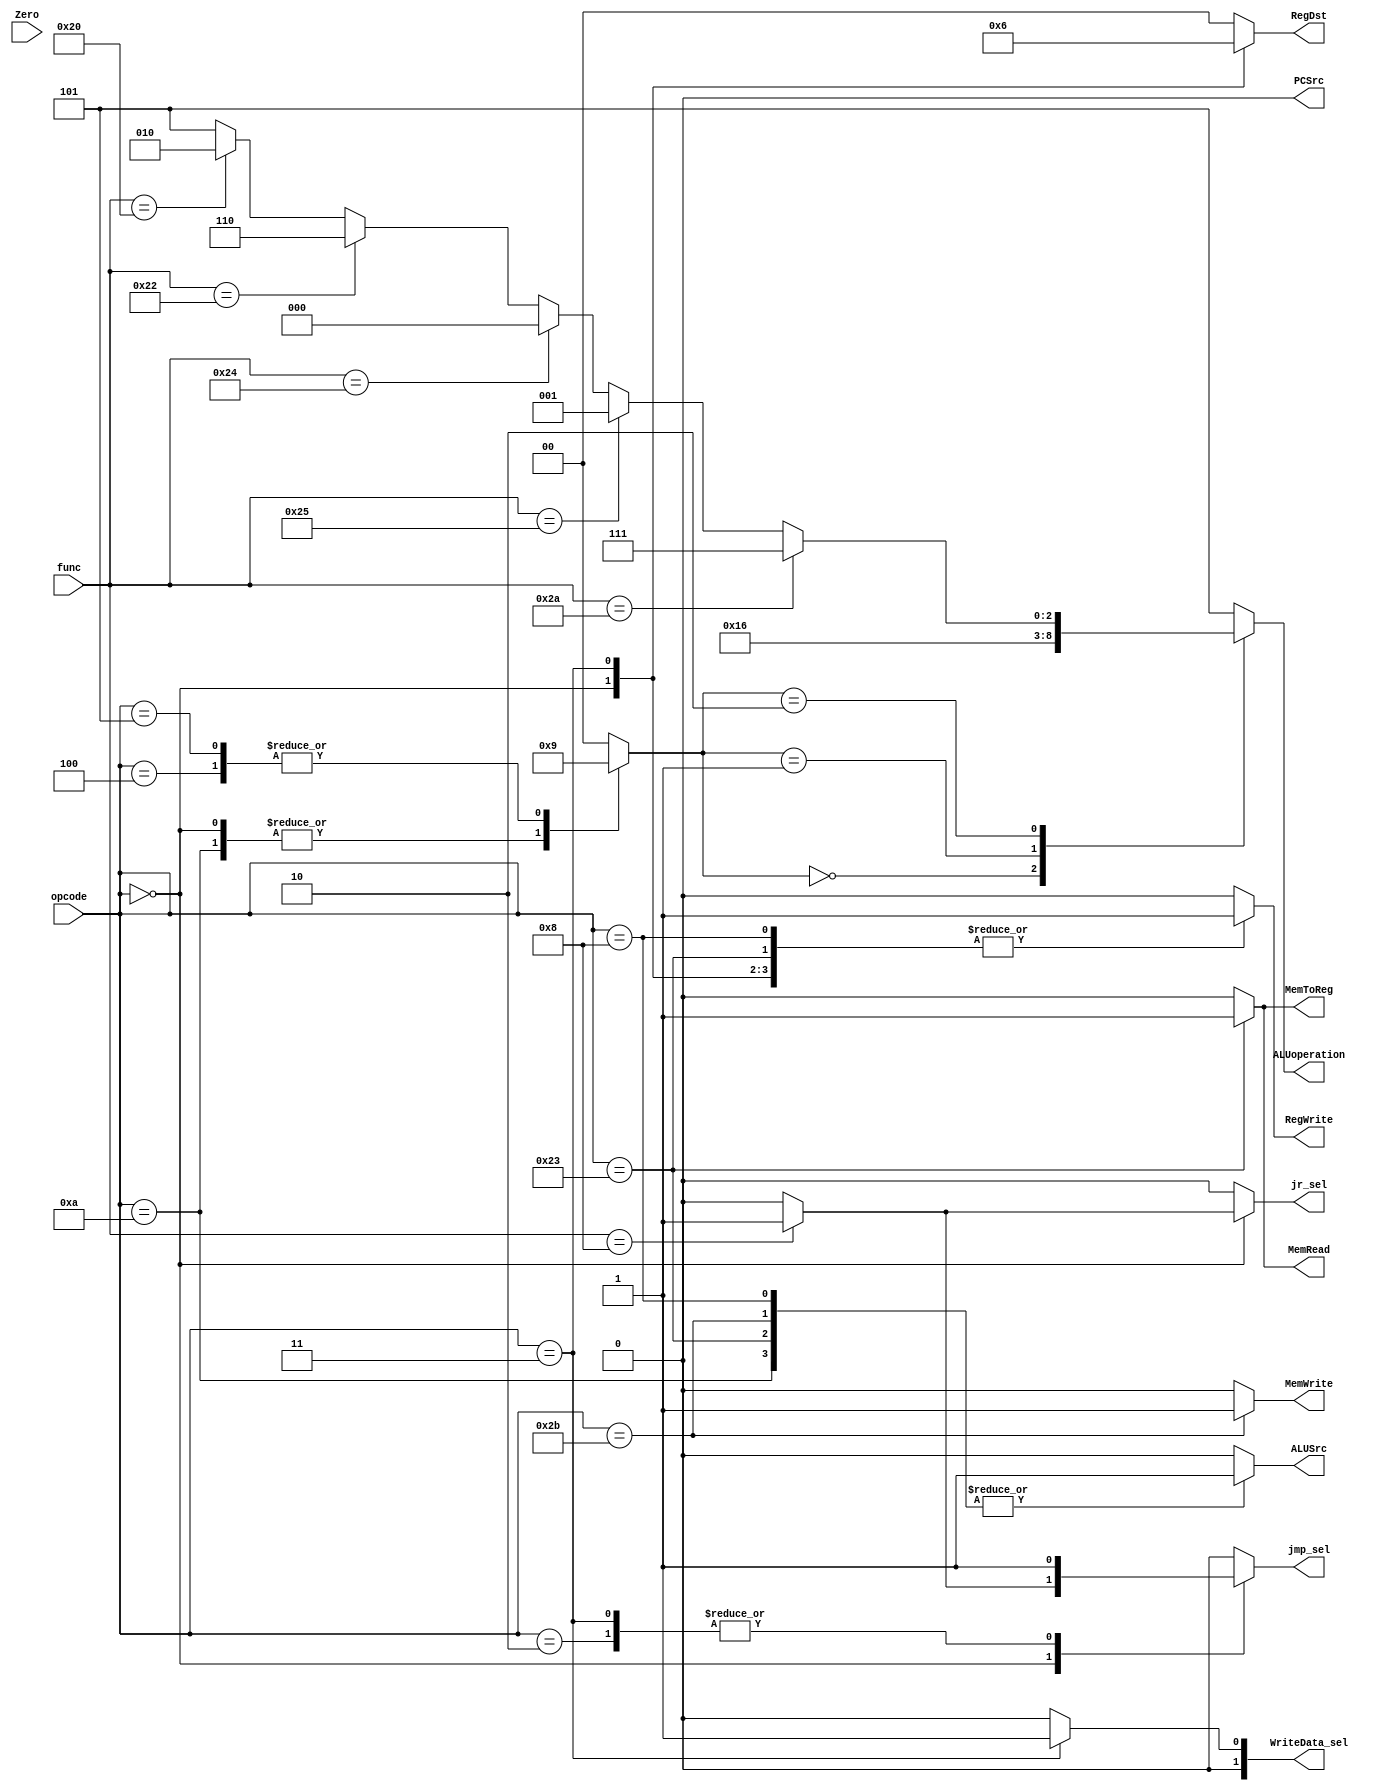
`timescale 1ns/1ns

module controller(input Zero, input[5:0] func, opcode, output reg MemRead, MemWrite, MemToReg, ALUSrc, RegWrite,
		jmp_sel, jr_sel, PCSrc, output reg[1:0] RegDst, WriteData_sel, output reg[2:0] ALUoperation);
	reg [1:0]ALUop;
	reg Branch;
	//assign PCSrc = &{Branch, Zero};
	always @(opcode)begin
		// 2         1       1           1      1      1           1        1         2            1
		{RegDst, MemRead, MemWrite, MemToReg, ALUSrc, RegWrite, jmp_sel, jr_sel, WriteData_sel, Branch, PCSrc} = 13'b00000000000;
   		ALUop = 2'b00;
    		case (opcode)
      			6'b000000: begin //add-sub-slt-jr R3, R2, R1 (RTYPE)
			RegDst = 2'b01; WriteData_sel = 2'b00;
        		{MemRead, MemWrite, MemToReg, ALUSrc, RegWrite, jmp_sel, jr_sel, Branch} = 8'b00001000;
        		ALUop = 2'b10;
			jmp_sel = (func == 6'b001000) ? 1'b1 : 1'b0;
			jr_sel = (func == 6'b001000) ? 1'b1 : 1'b0; //not too sure
      			end
			6'b001000: begin //addi R3, adr
			RegDst = 2'b00; WriteData_sel = 2'b00;
        		{MemRead, MemWrite, MemToReg, ALUSrc, RegWrite, jmp_sel, jr_sel, Branch} = 8'b00011000;
        		ALUop = 2'b00;
      			end
			6'b001010: begin //slti R3, R2, adr //  r2 = (R3 > adr)
			RegDst = 2'b00; WriteData_sel = 2'b00;
        		{MemRead, MemWrite, MemToReg, ALUSrc, RegWrite, jmp_sel, jr_sel, Branch} = 8'b00011000;
        		ALUop = 2'b10;
      			end
			6'b100011: begin //lw R3, R2, adr //  r2 = *r[(R3 + adr)]
			RegDst = 2'b00; WriteData_sel = 2'b00;
        		{MemRead, MemWrite, MemToReg, ALUSrc, RegWrite, jmp_sel, jr_sel, Branch} = 8'b10111000;
        		ALUop = 2'b00;
      			end
			6'b101011: begin //sw R3, R2, adr //  *r[(R3 + adr)] <= r2
			RegDst = 2'b00; WriteData_sel = 2'b00;
        		{MemRead, MemWrite, MemToReg, ALUSrc, RegWrite, jmp_sel, jr_sel, Branch} = 8'b01010000;
        		ALUop = 2'b00;
      			end
			6'b000010: begin //j adr //pc = adr
			RegDst = 2'b00; WriteData_sel = 2'b00;
        		{MemRead, MemWrite, MemToReg, ALUSrc, RegWrite, jmp_sel, jr_sel, Branch} = 8'b00000100;
        		ALUop = 2'b00; //value doesn't matter
      			end
			6'b000011: begin //jal adr //R31 = pc + 4, pc = adr
			RegDst = 2'b10; WriteData_sel = 2'b01;
        		{MemRead, MemWrite, MemToReg, ALUSrc, RegWrite, jmp_sel, jr_sel, Branch} = 8'b00001100;
        		ALUop = 2'b00; //value doesn't matter
      			end
			6'b000100: begin //beq if(R[rs]==R[rt]) PC=PC+4+BranchAddr
			RegDst = 2'b00; WriteData_sel = 2'b00;
        		{MemRead, MemWrite, MemToReg, ALUSrc, RegWrite, jmp_sel, jr_sel, Branch} = 8'b00000001;
        		ALUop = 2'b01; //ALU OP OF 01 IS SUB
			//PCSrc = &{Branch, Zero};
      			end
			6'b000101: begin //bne if(R[rs]!=R[rt]) PC=PC+4+BranchAddr
			RegDst = 2'b00; WriteData_sel = 2'b00;
        		{MemRead, MemWrite, MemToReg, ALUSrc, RegWrite, jmp_sel, jr_sel, Branch} = 8'b00000001;
        		ALUop = 2'b01; //ALU OP OF 01 IS SUB
			//PCSrc = &{Branch, ~Zero};
      			end
		endcase
	end
	always @(ALUop, func) begin
    		ALUoperation = 3'b101;
    		case (ALUop)
      			2'b00: begin
				ALUoperation = 3'b010; //add
 			end
			2'b01: begin
        			ALUoperation = 3'b110; //sub
      			end
      			2'b10: begin
        			if (func == 6'b100000) ALUoperation = 3'b010; //add
        			if (func == 6'b100010) ALUoperation = 3'b110; //sub
        			if (func == 6'b100100) ALUoperation = 3'b000; //and
        			if (func == 6'b100101) ALUoperation = 3'b001; //or
        			if (func == 6'b101010) ALUoperation = 3'b111; //slt
      			end 
    		endcase
	end
	always@(Branch, opcode, Zero) begin
    		PCSrc = 1'b0;
    		if(Branch == 1'b0) PCSrc = 1'b0;
    		else begin
      			if (opcode == 6'b000100)PCSrc = Zero;
      			if (opcode == 6'b000101)PCSrc = ~Zero;
    		end
  	end

endmodule